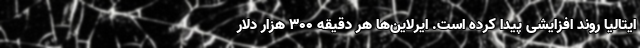
ایتالیا روند افزایشی پیدا کرده است. ایرلاین‌ها هر دقیقه ۳۰۰ هزار دلار